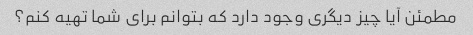
مطمئن آیا چیز دیگری وجود دارد که بتوانم برای شما تهیه کنم؟